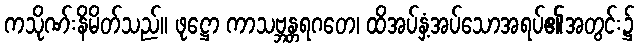
ကသိုဏ်းနိမိတ်သည်။ ဖုဋ္ဌော ကာသဗ္ဘန္တရဂတေ၊ ထိအပ်နှံ့အပ်သောအရပ်၏အတွင်း၌